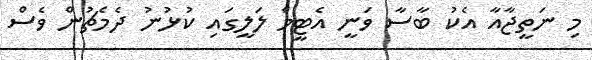
މި ނަތީޖާއާ އެކު ބާސާ ވަނީ އެޓީމް ލަލީގައި ކުޅުނު ދެމެޗުން ވެސް